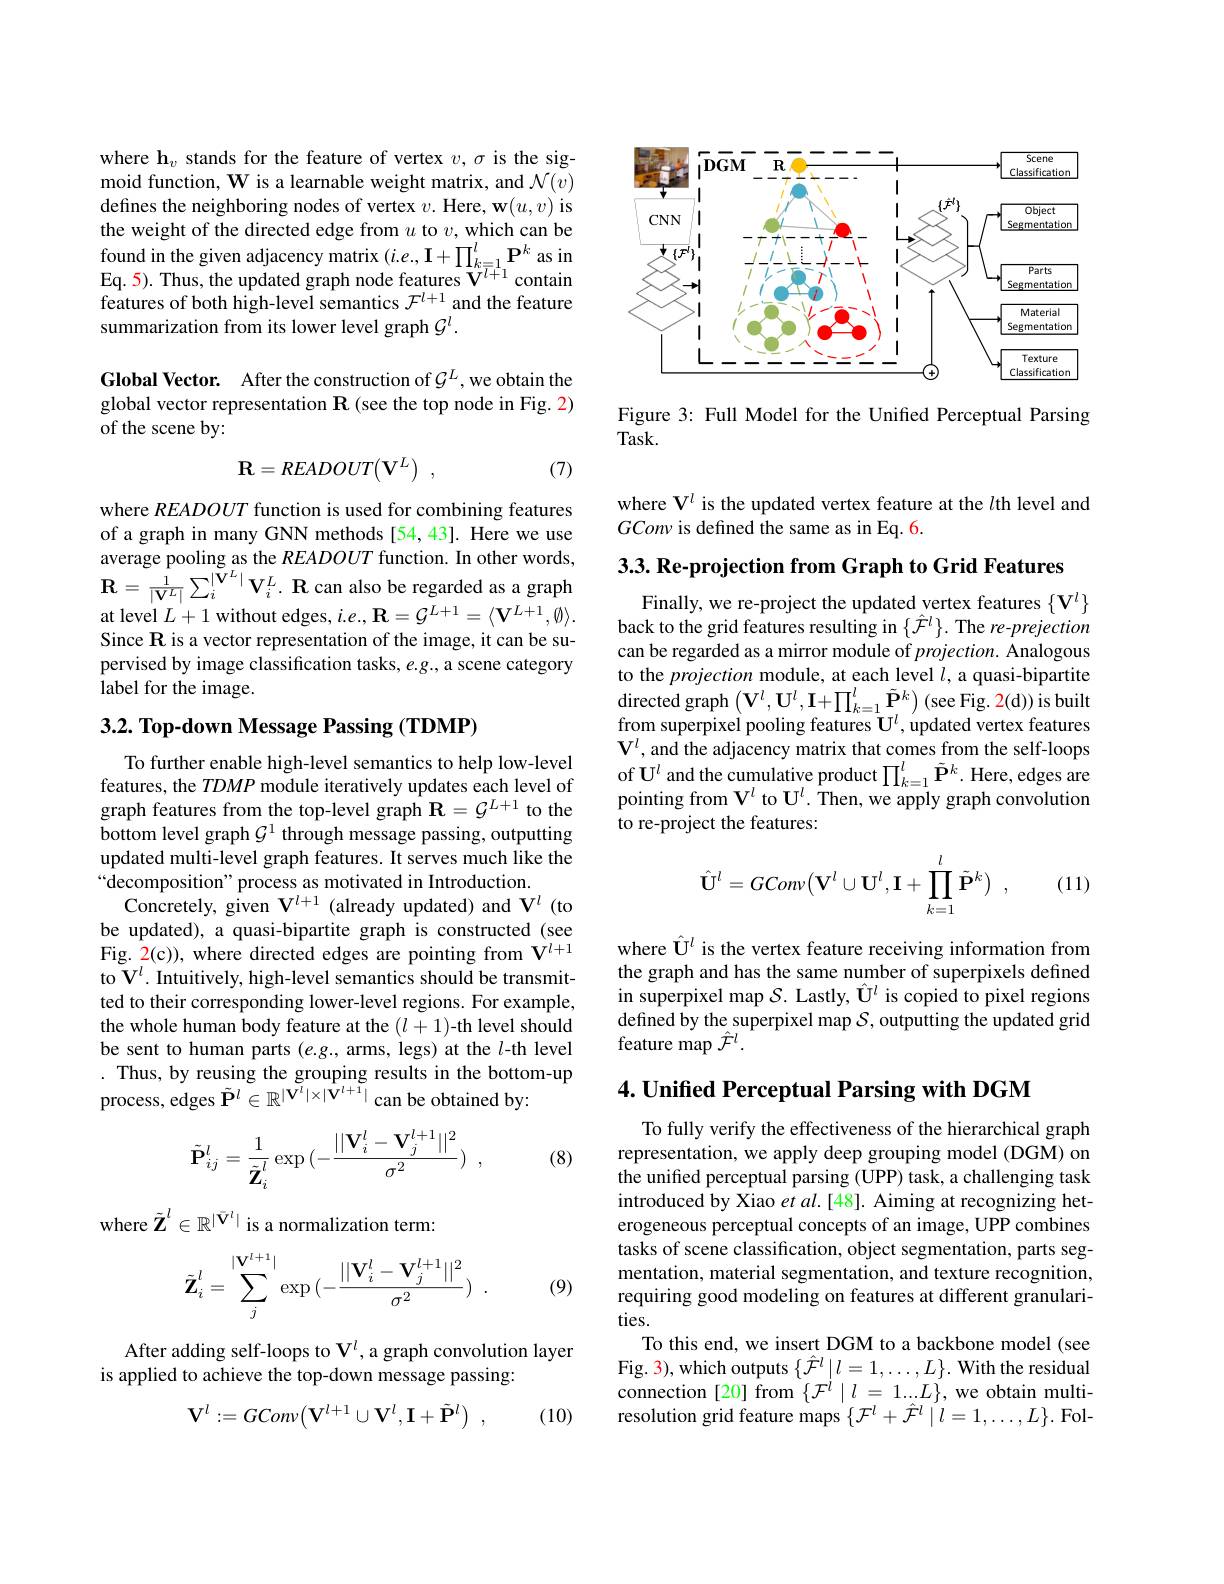
where h$_v$ stands for the feature of vertex $v,\sigma$ is the sigmoid function, W is a learnable weight matrix, and $\mathcal{N}(v)$ defines the neighboring nodes of vertex $v. \textbf{Here, w}( u, v)$ is the weight of the directed edge from $u$ to $v$, which can be found in the given adjacency matrix $(i.e.,\mathbf{I}+\prod_{k=1}^l\mathbf{P}^k$ as in Eq. 5) . Thus, the updated graph node features $V^{l+ 1}$ contain features of both high-level semantics $\mathcal{F}^l+1$ and the feature summarization from its lower level graph $\mathcal{G}^l.$

Global Vector. After the construction of $G^L$, we obtain the global vector representation $\mathbf{R}$ (see the top node in Fig. 2) of the scene by:

(7)
$$\mathbf{R}=READOUT(\mathbf{V}^{L})\:,$$
where $READOUT$ function is used for combining features of a graph in many GNN methods [54,43]. Here we use average pooling as the $READOUT$ function. In other words, $\mathbf{R} = \frac 1{| \mathbf{V} ^{L}| }\sum _{i}^{| \tilde{\mathbf{V} } ^{L}| }\mathbf{V} _{i}^{L}. \textbf{R can also be regarded as a graph}$ at level $L+1$ without edges, $i.e.,\mathbf{R}=\mathcal{G}^{L+1}=\langle\mathbf{V}^{L+1},\emptyset\rangle.$ Since R is a vector representation of the image, it can be supervised by image classification tasks, $e.g.$, a scene category label for the image.

## $3. 2. \textbf{ Top- down Message Passing ( TDMP) }$

To further enable high-level semantics to help low-level features, the $TDMP$ module iteratively updates each level of graph features from the top-level graph $\mathbf{R}=\mathcal{G}^L+1$ to the bottom level graph $\mathcal{G}^1$ through message passing, outputting updated multi-level graph features. It serves much like the “decomposition” process as motivated in Introduction.
Concretely, given $\mathbf{V}^{l+1}$ (already updated) and V$^l$ (to be updated), a quasi-bipartite graph is constructed (see Fig. 2(c)), where directed edges are pointing from $\mathbf{V}^{l+1}$ to V$^l.$ Intuitively, high-level semantics should be transmitted to their corresponding lower-level regions. For example, the whole human body feature at the $(l+1)$-th level should be sent to human parts $(e.g.$, arms, legs) at the $l$-th level . Thus, by reusing the grouping results in the bottom-up process, edges $\tilde{\mathbf{P}}^l\in\mathbb{R}^{|\tilde{\mathbf{V}}^l|\times|\hat{\mathbf{V}}^{l+1}|}$ can be obtained by:
$$\tilde{\mathbf{P}}_{ij}^l=\frac{1}{\tilde{\mathbf{Z}}_i^l}\exp{(-\frac{||\mathbf{V}_i^l-\mathbf{V}_j^{l+1}||^2}{\sigma^2})}\:,$$
(8)

where $\tilde{\mathbf{Z}}^l\in\mathbb{R}^{|\bar{\mathbf{V}}^l|}$ is a normalization term
$$\tilde{\mathbf{Z}}_i^l=\sum_j^{|\mathbf{V}^{l+1}|}\exp{(-\frac{||\mathbf{V}_i^l-\mathbf{V}_j^{l+1}||^2}{\sigma^2})}\:.$$
(9)

After adding self-loops to $\mathbf{V}^{l}$,a graph convolution layer
is applied to achieve the top-down message passing:

(10)
$$\mathbf{V}^{l}:=GCon\nu\big(\mathbf{V}^{l+1}\cup\mathbf{V}^{l},\mathbf{I}+\tilde{\mathbf{P}}^{l}\big)\:,$$
<FigureHere>

Figure 3: Full Model for the Unified Perceptual Parsing
$Task.$

where V$^l$ is the updated vertex feature at the $l$th level and
GConv is defined the same as in Eq. 6.

3.3. Re-projection from Graph to Grid Features

Finally, we re-project the updated vertex features $\{\mathbf{V}^{l}\}$ back to the grid features resulting in $\{\hat{\mathcal{F}}^l\}.$ The re-prejection can be regarded as a mirror module of projection. Analogous to the projection module, at each level $l$, a quasi-bipartite $\mathop{\mathrm{directed~graph}}\left(\mathbf{V}^{l},\mathbf{U}^{l},\mathbf{I}+\prod_{k=1}^{l}\tilde{\mathbf{P}}^{k}\right)\left(\mathop{\mathrm{see~Fig.~2(d))~is~built}}\right)$ from superpixel pooling features U$^l$,updated vertex features $\mathbf{V}^{l}$, and the adjacency matrix that comes from the self-loops of U$^l$ and the cumulative product $\prod_{k=1}^l\tilde{\mathbf{P}}^k.$ Here, edges are pointing from $\mathbf{V}^l$ to U$^l.$ Then, we apply graph convolution to re-project the features:
$$\hat{\mathbf{U}}^{l}=GCon\nu\big(\mathbf{V}^{l}\cup\mathbf{U}^{l},\mathbf{I}+\prod\limits_{k=1}^{l}\tilde{\mathbf{P}}^{k}\big)\:,$$
(11)

where $\hat{\mathbf{U}}^l$ is the vertex feature receiving information from the graph and has the same number of superpixels defined in superpixel map $\mathcal{S}.$ Lastly, $\hat{\mathbf{U}}^l$ is copied to pixel regions defined by the superpixel map $\mathcal{S}$, outputting the updated grid feature map $\hat{\mathcal{F}}^l.$

$4. \textbf{Unified Perceptual Parsing with DGM}$

To fully verify the effectiveness of the hierarchical graph representation, we apply deep grouping model (DGM) on the unified perceptual parsing (UPP) task, a challenging task introduced by Xiao $etal.[48].$ Aiming at recognizing heterogeneous perceptual concepts of an image, UPP combines tasks of scene classification, object segmentation, parts segmentation, material segmentation, and texture recognition, requiring good modeling on features at different granularities.
To this end, we insert DGM to a backbone model (see Fig. 3), which outputs $\{\hat{\mathcal{F}}^l\mid l=1,\ldots,L\}.$ With the residual connection [20] from $\{\mathcal{F}^l\mid l=1...L\}$, we obtain multiresolution grid feature maps $\{\mathcal{F}^l+\hat{\mathcal{F}}^l\mid l=1,\ldots,L\}.$ Fol-